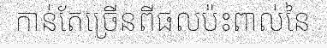
កាន់តែច្រើនពីផលប៉ះពាល់នៃ